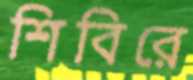
শিবিরে